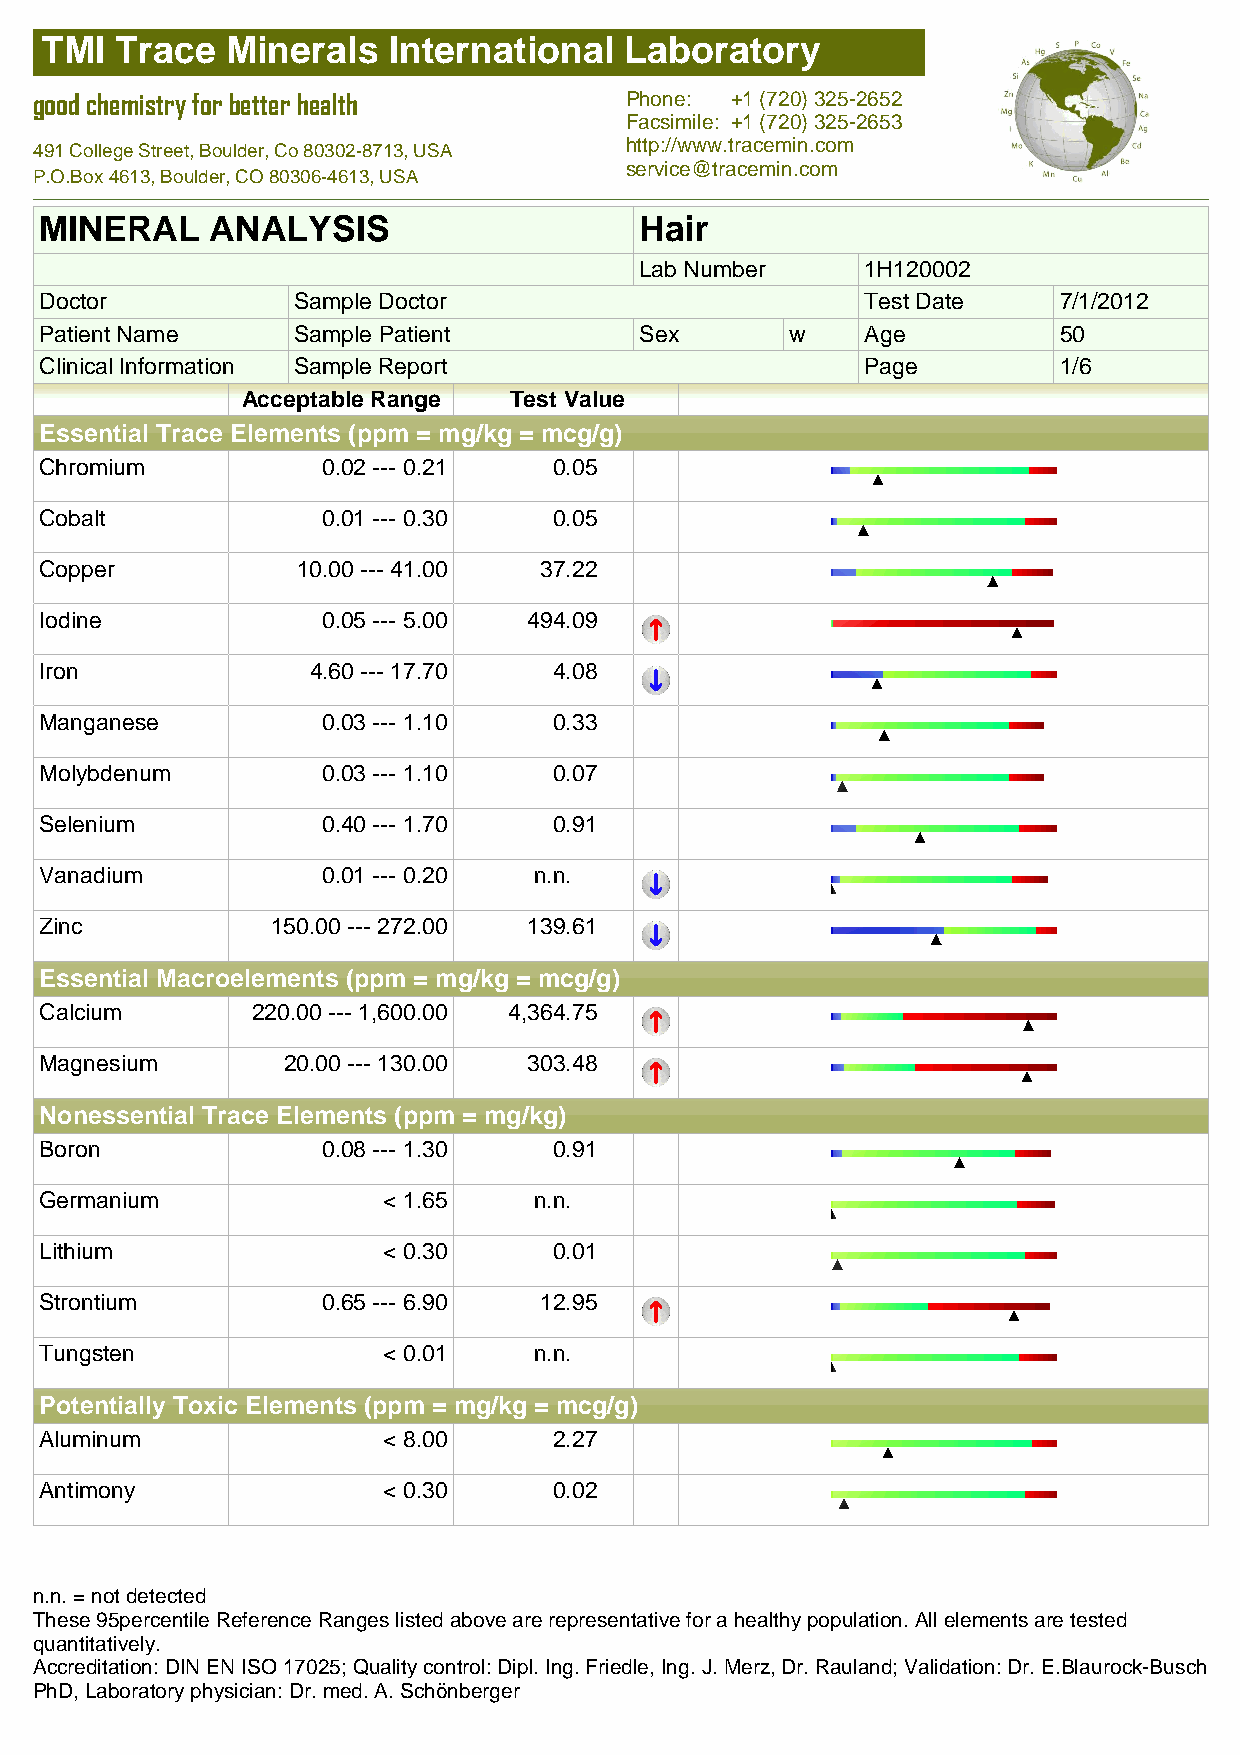
TMI  Trace  Minerals   International  Laboratory
 good chemistry for better health       Phone: +1 (720) 325-2652
 Facsimile: +1 (720) 325-2653
 http://www.tracemin.com
 491 College Street, Boulder, Co 80302-8713, USA
 service@tracemin.com
 P.O.Box 4613, Boulder, CO 80306-4613, USA
 MINERAL    ANALYSIS                    Hair
 Lab Number     1H120002
 Doctor          Sample Doctor                         Test Date    7/1/2012
 Patient Name    Sample Patient         Sex       w    Age          50
 Clinical Information Sample Report                    Page         1/6
 Acceptable Range  Test Value
 Essential Trace Elements (ppm = mg/kg = mcg/g)
 Chromium          0.02 --- 0.21   0.05
 Cobalt            0.01 --- 0.30   0.05
 Copper           10.00 --- 41.00 37.22
 Iodine            0.05 --- 5.00 494.09
 Iron             4.60 --- 17.70   4.08
 Manganese         0.03 --- 1.10   0.33
 Molybdenum        0.03 --- 1.10   0.07
 Selenium          0.40 --- 1.70   0.91
 Vanadium          0.01 --- 0.20 n.n.
 Zinc           150.00 --- 272.00 139.61
 Essential Macroelements (ppm = mg/kg = mcg/g)
 Calcium       220.00 --- 1,600.00 4,364.75
 Magnesium       20.00 --- 130.00 303.48
 Nonessential Trace Elements (ppm = mg/kg)
 Boron             0.08 --- 1.30   0.91
 Germanium             < 1.65    n.n.
 Lithium               < 0.30      0.01
 Strontium         0.65 --- 6.90  12.95
 Tungsten              < 0.01    n.n.
 Potentially Toxic Elements (ppm = mg/kg = mcg/g)
 Aluminum              < 8.00      2.27
 Antimony              < 0.30      0.02
 n.n. = not detected
 These 95percentile Reference Ranges listed above are representative for a healthy population. All elements are tested
 quantitatively.
 Accreditation: DIN EN ISO 17025; Quality control: Dipl. Ing. Friedle, Ing. J. Merz, Dr. Rauland; Validation: Dr. E.Blaurock-Busch
 PhD, Laboratory physician: Dr. med. A. Schönberger